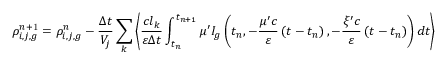
\rho _ { i , j , g } ^ { n \mathrm { + 1 } } = \rho _ { i , j , g } ^ { n } - \frac { \Delta t } { V _ { j } } \sum _ { k } \left\langle \frac { c l _ { k } } { \varepsilon \Delta t } \int _ { t _ { n } } ^ { t _ { n + 1 } } \mu ^ { \prime } I _ { g } \left( t _ { n } , - \frac { \mu ^ { \prime } c } { \varepsilon } \left( t - t _ { n } \right) , - \frac { \xi ^ { \prime } c } { \varepsilon } \left( t - t _ { n } \right) \right) d t \right\rangle